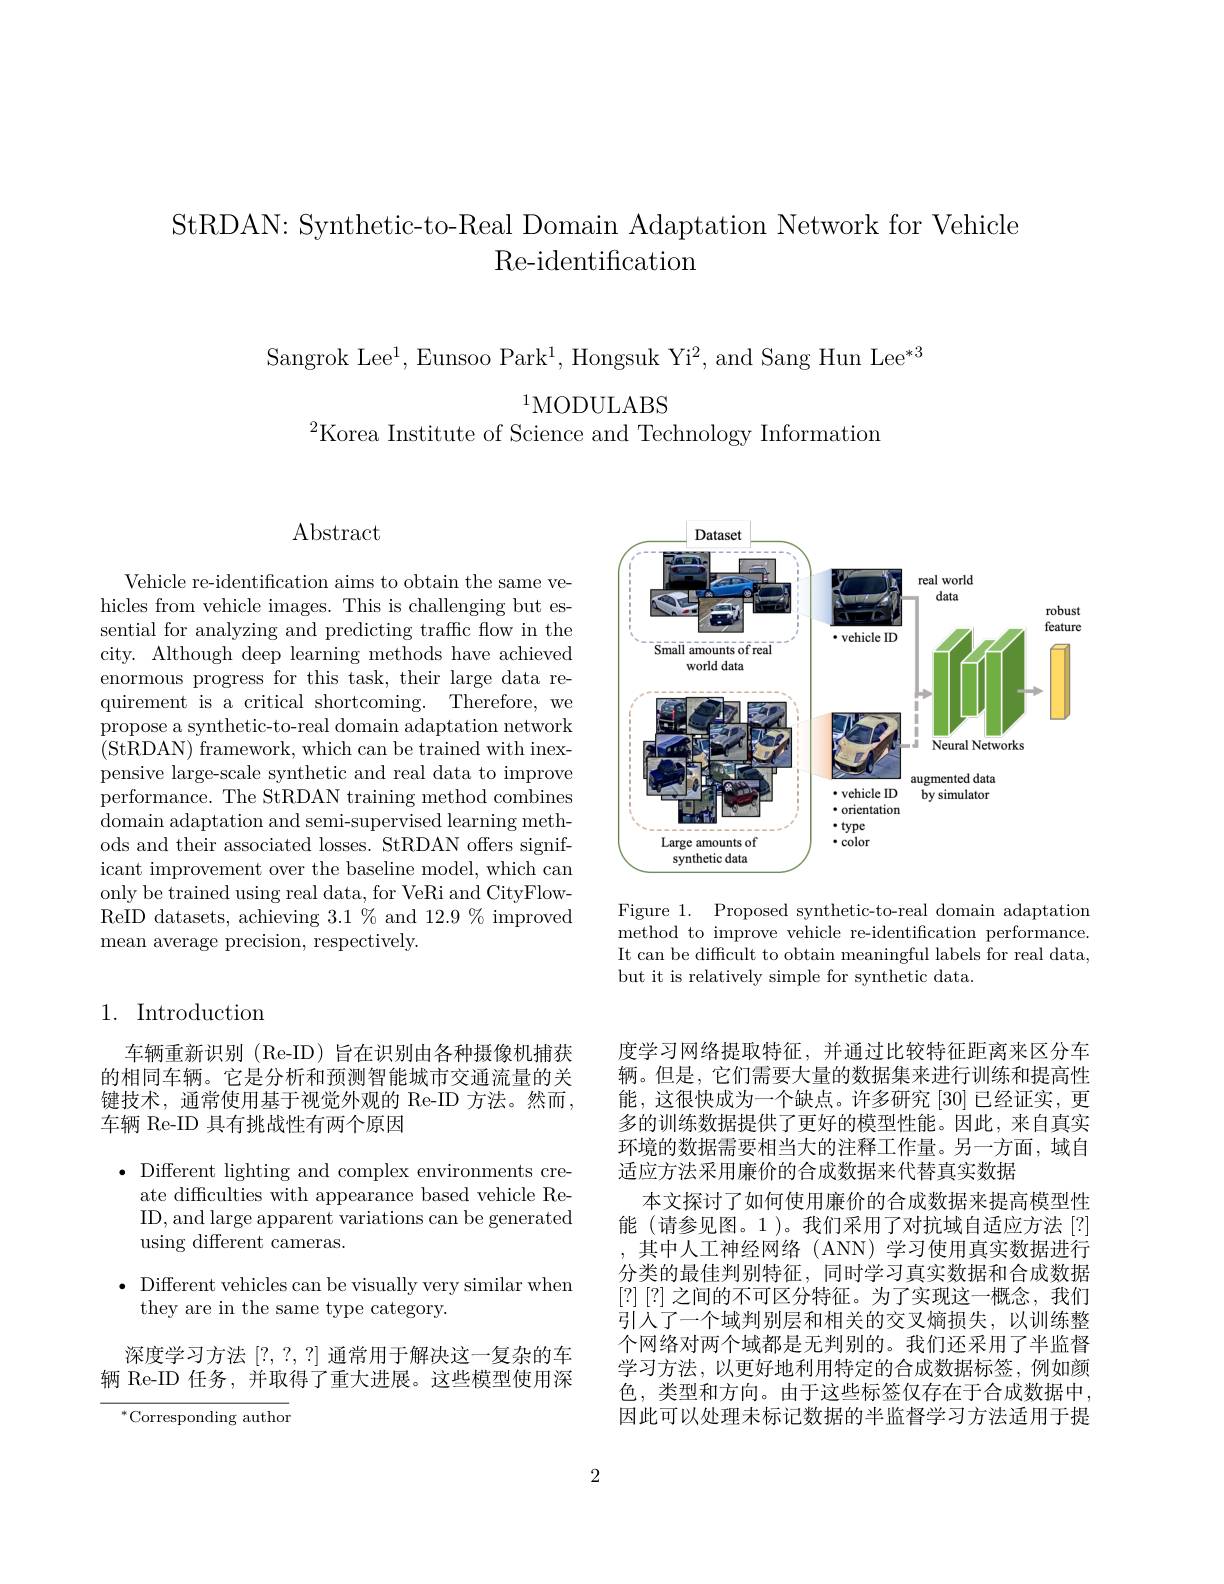
StRDAN: Synthetic-to-Real Domain Adaptation Network for Vehicle
Re- identification

Sangrok Lee$^1$,Eunsoo Park$^1$,Hongsuk Yi$^2$,and Sang Hun Lee$^*3$

$^{1}$MODULABS
$^{2}$Korea Institute of Science and Technology Information

$\operatorname{Abstract}$

Vehicle re-identification aims to obtain the same vehicles from vehicle images. This is challenging but essential for analyzing and predicting traffic flow in the city. Although deep learning methods have achieved enormous progress for this task, their large data requirement is a critical shortcoming. Therefore, we propose a synthetic-to-real domain adaptation network (StRDAN) framework, which can be trained with inexpensive large-scale synthetic and real data to improve performance. The StRDAN training method combines domain adaptation and semi-supervised learning methods and their associated losses. StRDAN offers significant improvement over the baseline model, which can only be trained using real data, for VeRi and CityFlowReID datasets, achieving $3.1\%$ and $12.9\%$ improved mean average precision, respectively.

## 1. Introduction

车辆重新识别(Re-ID)旨在识别由各种摄像机捕获的相同车辆。它是分析和预测智能城市交通流量的关键技术，通常使用基于视觉外观的 Re-ID 方法。然而， 车辆 Re-ID 具有挑战性有两个原因

$\bullet$ Different lighting and complex environments cre-
ate difficulties with appearance based vehicle ReID, and large apparent variations can be generated using different cameras.

$\bullet$ Different vehicles can be visually very similar when
they are in the same type category.

深度学习方法 [?,?,?] 通常用于解决这一复杂的车辆 Re-ID 任务，并取得了重大进展。这些模型使用深

$^*$Corresponding author

<FigureHere>

Figure 1. Proposed synthetic-to-real domain adaptation method to improve vehicle re-identification performance. It can be difficult to obtain meaningful labels for real data, but it is relatively simple for synthetic data.

度学习网络提取特征，并通过比较特征距离来区分车辆。但是，它们需要大量的数据集来进行训练和提高性能，这很快成为一个缺点。许多研究[30]已经证实，更多的训练数据提供了更好的模型性能。因此，来自真实环境的数据需要相当大的注释工作量。另一方面，域自适应方法采用廉价的合成数据来代替真实数据
本文探讨了如何使用廉价的合成数据来提高模型性能 (请参见图。1)。我们采用了对抗域自适应方法[?] ,其中人工神经网络(ANN)学习使用真实数据进行分类的最佳判别特征，同时学习真实数据和合成数据[?][?]之间的不可区分特征。为了实现这一概念，我们引入了一个域判别层和相关的交叉熵损失，以训练整个网络对两个域都是无判别的。我们还采用了半监督学习方法，以更好地利用特定的合成数据标签，例如颜色，类型和方向。由于这些标签仅存在于合成数据中， 因此可以处理未标记数据的半监督学习方法适用于提

2